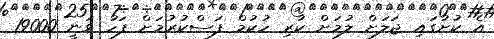
އެ ކުށުގައި ޖަލަށް ލުމަށް ކުރި ހުކުމް ފަސްކުރުމަށް ފަހު ވަނީ 19000